Indian journal of veterinary science and animal husbandry - Volumes 15-17, 1948-1951
Year: 1948
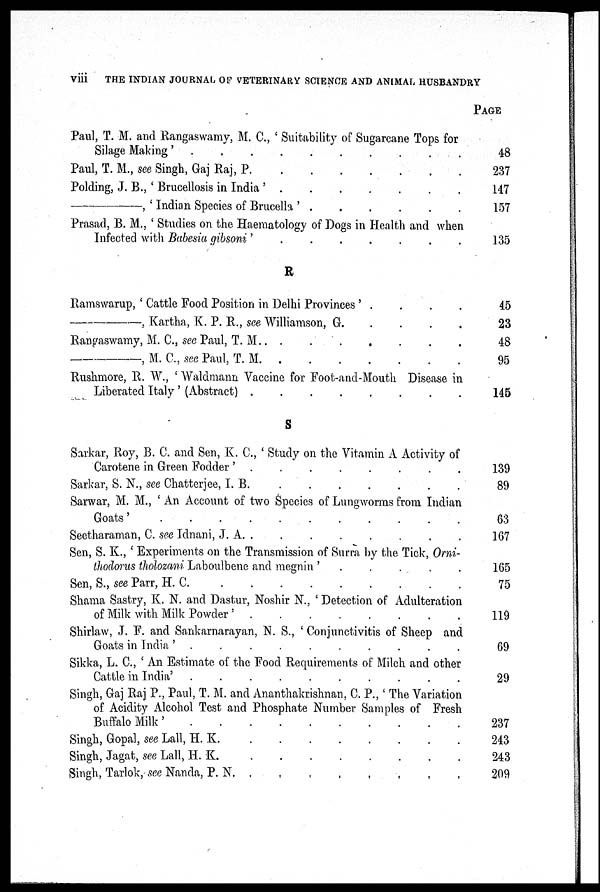
viii
THE INDIAN JOURNAL OF VETERINARY SCIENCE AND ANIMAL HUSBANDRY
Paul, T. M. and Rangaswamy, M. C., ' Suitability of Sugarcane Tops for
Silage Making' . . . . . . . . . .
Paul, T. M., see Singh, Gaj Raj, P. . . . . . . .
Polding, J. B., ' Brucellosis in India '
.
.
.
.
.
.
.
—,
' Indian Species of Brucella '
.
.
.
.
.
.
Prasad, B. M., ' Studies on the Haematology of Dogs in Health and when
Infected with Babesia gibsoni '
.
.
.
.
.
.
.
R
Ramswarup, ' Cattle Food Position in Delhi Provinces ' . . . .
—,
Kartha, K. P. R., see Williamson,
G.
.
.
.
.
Rangaswamy, M. C, see Paul, T.
M.
.
.
.
.
.
.
.
—, M. C., see Paul, T.
M.
.
.
.
.
.
.
.
Rushmore, R. W., ' Waldmann Vaccine for Foot-and-Mouth Disease in
Liberated Italy ' (Abstract)
.
.
.
.
.
.
.
.
S
Sarkar, Roy, B. C. and Sen, K. C., ' Study on the Vitamin A Activity of
Carotene in Green Fodder '
.
.
.
.
.
.
.
.
Sarkar, S. N., see Chatterjee,
I.
B.
.
.
.
.
.
.
.
Sarwar, M. M., 'An Account of two Species of Lungworms from Indian
Goats'
.
.
.
.
.
.
.
.
.
.
.
Seetharaman, C. see Idnani, J. A. .
.
.
.
.
.
.
Sen, S. K., ' Experiments on the Transmission of Surra by the Tick, Orni-
thodorus tholozani Laboulbene and megnin '
.
.
.
.
.
Sen, S., see Parr, H. C. . . . . . . . . .
Shama Sastry, K. N. and Dastur, Noshir N., ' Detection of Adulteration
of Milk with Milk Powder '
.
.
.
.
.
.
.
.
Shirlaw, J. F. and Sankarnarayan, N. S., ' Conjunctivitis of Sheep and
Goats in India '
.
.
.
.
.
.
.
.
.
.
Sikka, L. C., ' An Estimate of the Food Requirements of Milch and other
Cattle in India'
.
.
.
.
.
.
.
.
.
.
Singh, Gaj Raj P., Paul, T. M. and Ananthakrishnan, C. P., ' The Variation
of Acidity Alcohol Test and Phosphate Number Samples of Fresh
Buffalo Milk'
.
.
.
.
.
.
.
.
Singh, Gopal, see Lall, H. K.
.
.
.
.
.
.
.
.
Singh, Jagat, see Lall, H. K.
.
.
.
.
.
.
.
.
Singh, Tarlok, see Nanda, P.
N.
.
.
.
.
.
.
.
PAGE
48
237
147
157
135
45
23
48
95
145
139
89
63
167
165
75
119
69
29
237
243
243
209